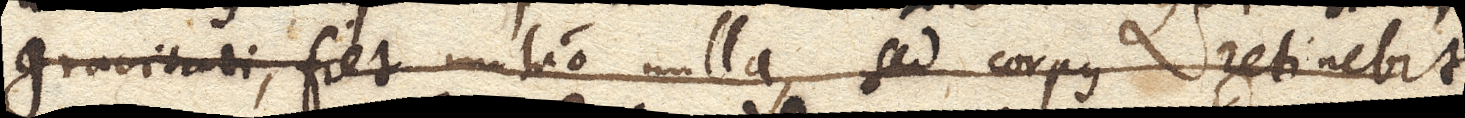
gravitati, fiet mutuo nulla, sed corpus retinebit